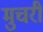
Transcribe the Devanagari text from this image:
मुचरी